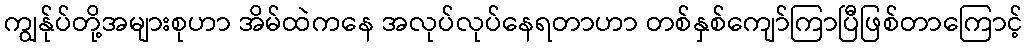
ကျွန်ုပ်တို့အများစုဟာ အိမ်ထဲကနေ အလုပ်လုပ်နေရတာဟာ တစ်နှစ်ကျော်ကြာပြီဖြစ်တာကြောင့်